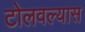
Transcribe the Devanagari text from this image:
टोलवल्यास